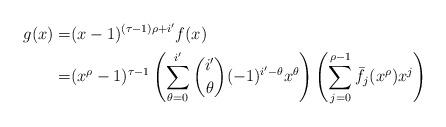
LaTeX: \begin{align*}g(x)=&(x-1)^{(\tau-1)\rho+i'}f(x) \\=&(x^{\rho}-1)^{\tau-1} \left(\sum_{\theta=0}^{i'}\binom{i'}{\theta}(-1)^{i'-\theta}x^{\theta}\right) \left(\sum_{j=0}^{\rho-1}\bar{f_j}(x^{\rho})x^j\right)\end{align*}